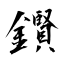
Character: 鑦